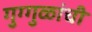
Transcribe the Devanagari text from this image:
गुग्गुळांची